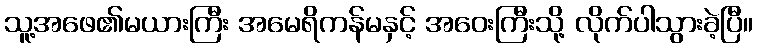
သူ့အဖေ၏မယားကြီး အမေရိကန်မနှင့် အဝေးကြီးသို့ လိုက်ပါသွားခဲ့ပြီ။